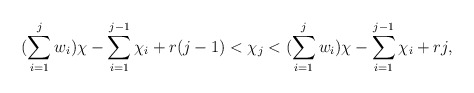
\begin{align*}(\sum\limits_{i=1}^j w_i)\chi - \sum\limits_{i=1}^{j-1}\chi_i + r(j-1) < \chi_j < (\sum\limits_{i=1}^j w_i)\chi - \sum\limits_{i=1}^{j-1}\chi_i + rj,\end{align*}